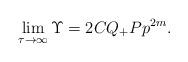
LaTeX: \begin{align*}\lim _{\tau \rightarrow \infty }\Upsilon =2CQ_{+}P{p}^{2m}.\end{align*}